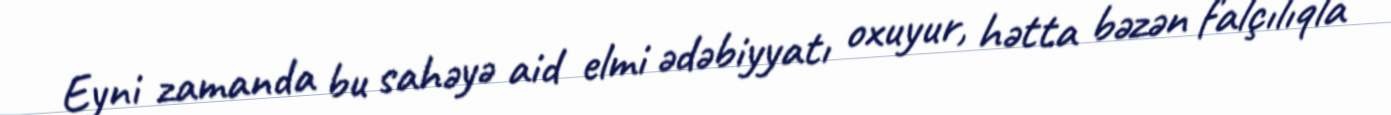
Eyni zamanda bu sahəyə aid elmi ədəbiyyatı oxuyur, hətta bəzən falçılıqla